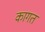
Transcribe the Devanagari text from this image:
कागत